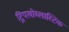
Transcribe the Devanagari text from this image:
ट्रिपलोब्लास्टिक